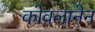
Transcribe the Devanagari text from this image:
कोवलानेन